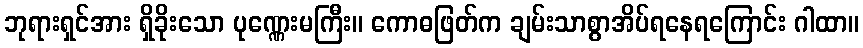
ဘုရားရှင်အား ရှိခိုးသော ပုဏ္ဏေးမကြီး။ ကောဓဖြတ်က ချမ်းသာစွာအိပ်ရနေရကြောင်း ဂါထာ။